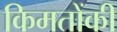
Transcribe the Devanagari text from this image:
किमतोंकी